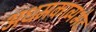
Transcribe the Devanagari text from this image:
अधमकाव्यभेद